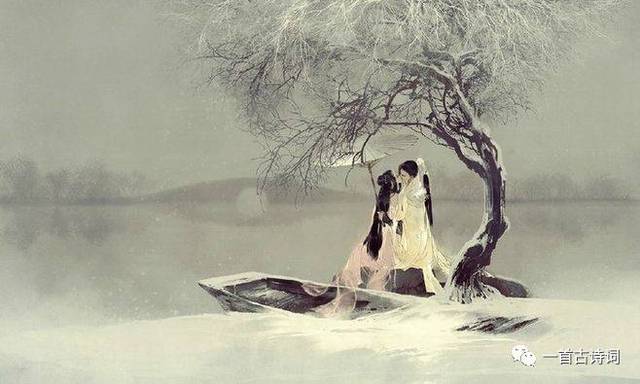
对酒卷帘邀明月，风露透窗纱。